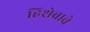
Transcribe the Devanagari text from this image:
हिशेबाचे